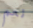
نعم